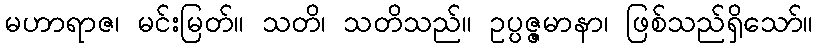
မဟာရာဇ၊ မင်းမြတ်။ သတိ၊ သတိသည်။ ဥပ္ပဇ္ဇမာနာ၊ ဖြစ်သည်ရှိသော်။